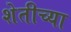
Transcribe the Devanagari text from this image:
शेतीच्‍या